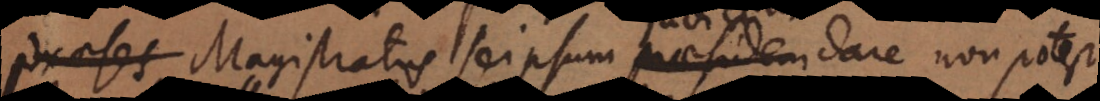
Praeses Magistratus seipsum praesidem dare non potest